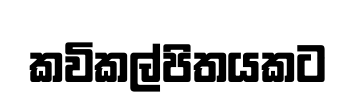
කවිකල්පිතයකට